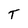
Character: T